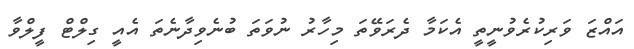
އައްޒަ ވަރިކުރެވުނީތީ އެކަމާ ދެރަވޭތަ މިހާރު ނުވަތަ ބުނެވިދާނެތަ އެއީ ގިލްޓް ފީލްވާ